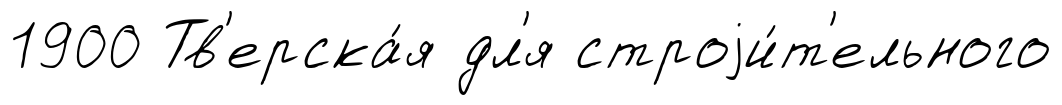
1900 Тв'ерска́я дл'я строjи́т'ельного